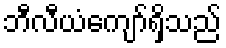
ဘီလီယံကျော်ရှိသည်